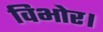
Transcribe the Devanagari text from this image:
विभोर।